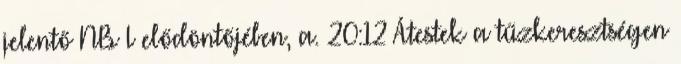
jelentő NB I elődöntőjében, a. 20:12 Átestek a tűzkeresztségen